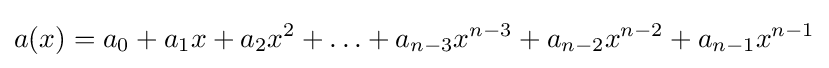
a(x)=a_{0}+a_{1}x+a_{2}x^{2}+\ldots +a_{n-3}x^{n-3}+a_{n-2}x^{n-2}+a_{n-1}x^{n-1}